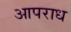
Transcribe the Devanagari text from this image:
आपराध